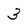
Character: 3